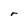
Character: r